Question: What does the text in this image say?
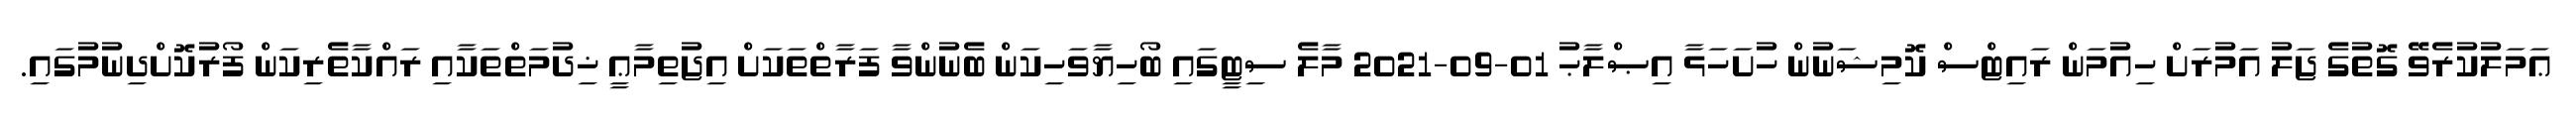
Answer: ޢަމަލުކުރެވޭ ގޮތުގެ ޖަލު އަމުރަށް ހިއުމަން ރައިޓްސް ކޮމިޝަނުން ހުށަހަޅާ އިޞްލާޙު 01-09-2021 މާލެ ސިޓީގައި ބޯހިޔާވަހިކަން ބެނުންވާ ފަރާތްތަކަށް އިޖުތިމާޢީ ޚިދުމަތްތަކާއި ރައްކާތެރިކަން ފޯރުކޮށްދިނުމުގައި.